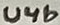
Text: U4b